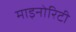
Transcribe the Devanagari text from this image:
माइनोरिटी